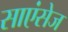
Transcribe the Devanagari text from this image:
साएंसेज